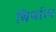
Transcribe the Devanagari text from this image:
बिर्याल